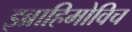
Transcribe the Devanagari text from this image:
इब्राहिमोविच